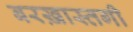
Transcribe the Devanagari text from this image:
बरख़ास्तगी